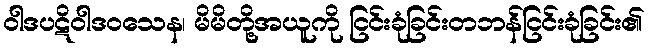
ဝါဒပဋိဝါဒဝသေန၊ မိမိတို့အယူကို ငြင်းခုံခြင်းတဘန်ငြင်းခုံခြင်း၏